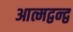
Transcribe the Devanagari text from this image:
आत्मद्वन्द्व